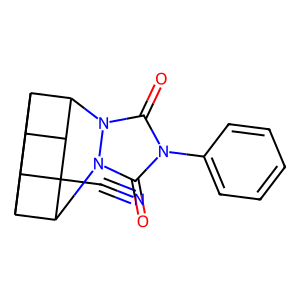
SMILES: N#CC12C3C4C5C3C1n1c(=O)n(-c3ccccc3)c(=O)n1C5C42
Inhibits HIV replication: No